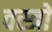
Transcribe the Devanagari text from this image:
वस्‍त्रों